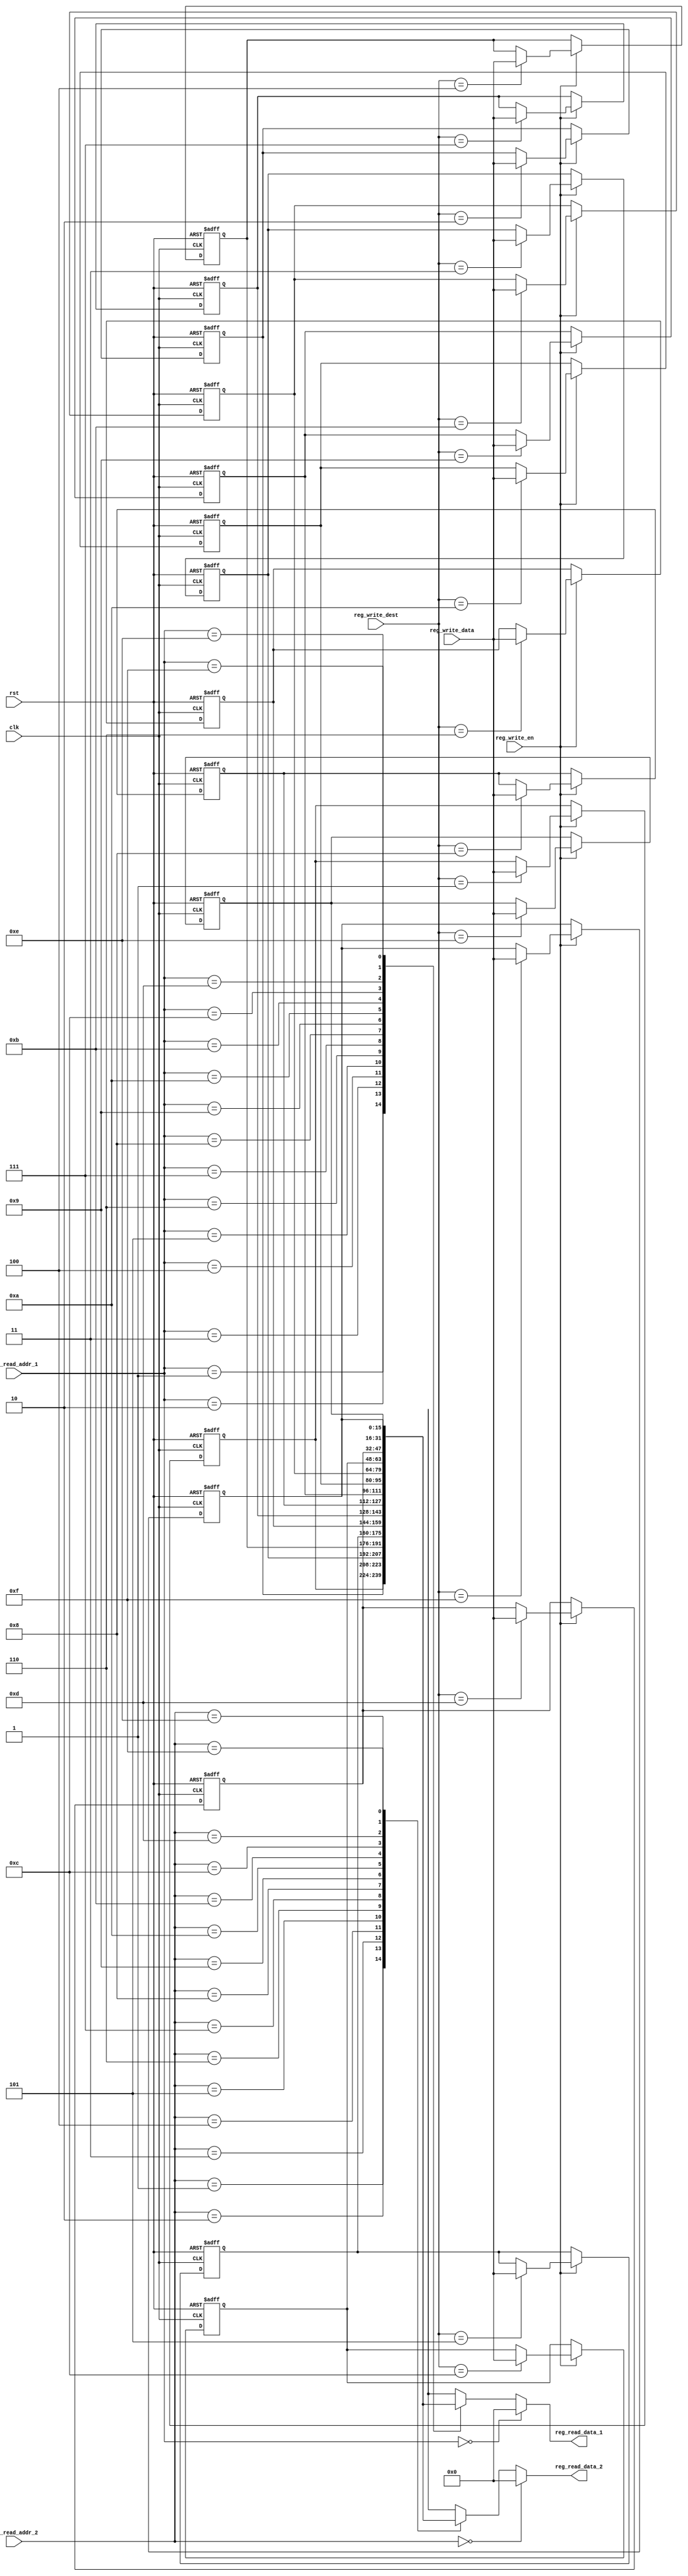
 `timescale 1ns / 1ns
 module register_file  
 (  
      input                    clk,  
      input                    rst,  
      // write port  
      input                    reg_write_en,  
      input          [3:0]     reg_write_dest,  
      input          [15:0]     reg_write_data,  
      //read port 1  
      input          [3:0]     reg_read_addr_1,  
      output          [15:0]     reg_read_data_1,  
      //read port 2  
      input          [3:0]     reg_read_addr_2,  
      output          [15:0]     reg_read_data_2  
 );  
      reg     [15:0]     reg_array [15:0];  
      // write port  
      //reg [2:0] i;  
      always @ (posedge clk or posedge rst) begin  
           if(rst) begin  
                reg_array[0] <= 16'h0;  
                reg_array[1] <= 16'h0F00;  
                reg_array[2] <= 16'h0050;  
                reg_array[3] <= 16'hFF0F;  
                reg_array[4] <= 16'hF0FF;  
                reg_array[5] <= 16'h0040;  
                reg_array[6] <= 16'h0024;  
                reg_array[7] <= 16'h00FF;
                reg_array[8] <= 16'hAAAA;
                reg_array[9] <= 16'h0000;
                reg_array[10] <= 16'h0000;
                reg_array[11] <= 16'h0000;
                reg_array[12] <= 16'hFFFF;
                reg_array[13] <= 16'h0002;
                reg_array[14] <= 16'h0000;
                reg_array[15] <= 16'h0000;

           end  
           else begin  
                if(reg_write_en) begin  
                     reg_array[reg_write_dest] <= reg_write_data;
                end  
           end  
      end  
      assign reg_read_data_1 = ( reg_read_addr_1 == 0)? 16'b0 : reg_array[reg_read_addr_1];  
      assign reg_read_data_2 = ( reg_read_addr_2 == 0)? 16'b0 : reg_array[reg_read_addr_2];  
 endmodule